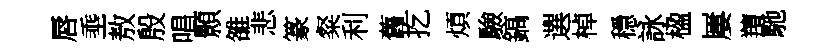
唇埀敖殷唱顥雒悲篆粲利舊扢煩驗鎬選棹穩詠楹屢羶馳